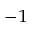
^ { - 1 }